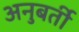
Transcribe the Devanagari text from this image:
अनुबर्ती